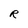
Character: R